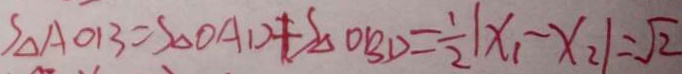
S _ { \Delta } A O B = S _ { \Delta } O A D \neq S _ { \Delta } O B D = \frac { 1 } { 2 } \vert x _ { 1 } - x _ { 2 } \vert = \sqrt { 2 }